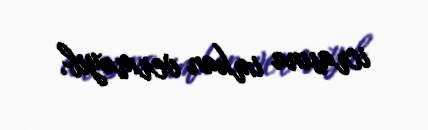
icrasına imkan verməyib.